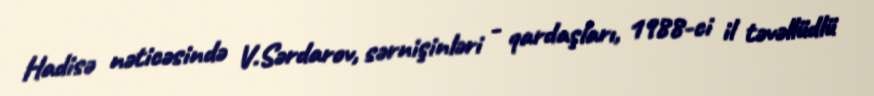
Hadisə nəticəsində V.Sərdarov, sərnişinləri - qardaşları, 1988-ci il təvəllüdlü